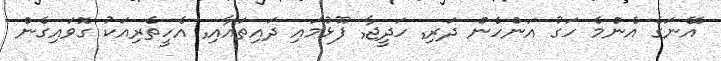
އޭނަގެ އެންމެ ހަގު އަންހެން ދަރި